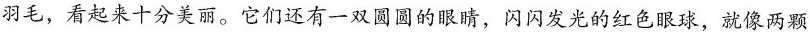
羽毛，看起来十分美丽。它们还有一双圆圆的眼睛，闪闪发光的红色眼球，就像两颗